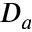
D _ { a }